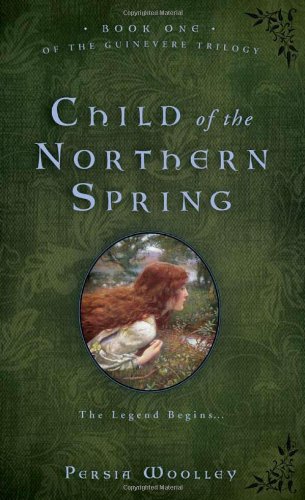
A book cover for Child of the Northern Spring: Book One of the Guinevere Trilogy; Persia Woolley; Science Fiction & Fantasy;